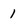
Character: 1